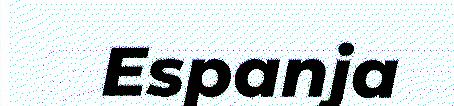
Espanja